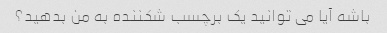
باشه آیا می توانید یک برچسب شکننده به من بدهید؟